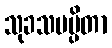
သုခသမပ္ပိတာ